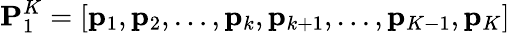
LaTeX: \mathbf{P}_{1}^{K}=[\mathbf{p}_{1},\mathbf{p}_{2},\ldots,\mathbf{p}_{k},\mathbf{p}_{k+1},\ldots,\mathbf{p}_{K-1},\mathbf{p}_{K}]